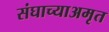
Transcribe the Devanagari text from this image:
संघाच्याअमृत